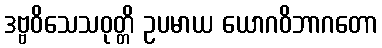
ဒဗ္ဗဝိသေသဝုတ္တိ ဥပမာယ ယောဂဝိဘာဂတော